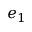
e _ { 1 }